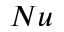
N u